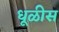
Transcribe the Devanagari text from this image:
धूळीस